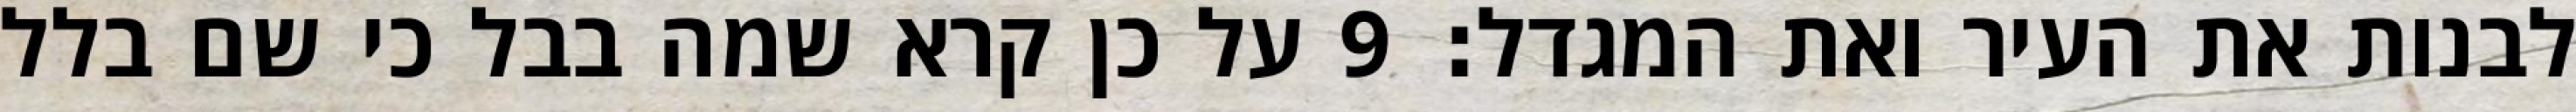
לבנות את העיר ואת המגדל׃ ‎9‏ על כן קרא שמה בבל כי שם בלל